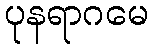
ပုနရာဂမေ